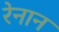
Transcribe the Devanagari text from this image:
रेनान